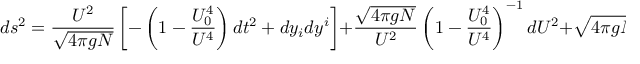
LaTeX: d s ^ { 2 } = { \frac { U ^ { 2 } } { \sqrt { 4 \pi g N } } } \left[ - \left( 1 - { \frac { U _ { 0 } ^ { 4 } } { U ^ { 4 } } } \right) d t ^ { 2 } + d y _ { i } d y ^ { i } \right] + { \frac { \sqrt { 4 \pi g N } } { U ^ { 2 } } } \left( 1 - { \frac { U _ { 0 } ^ { 4 } } { U ^ { 4 } } } \right) ^ { - 1 } d U ^ { 2 } + \sqrt { 4 \pi g N } d \Omega _ { 5 } .